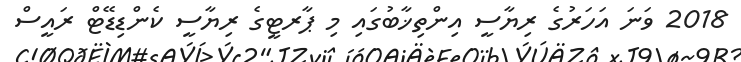
2018 ވަނަ އަހަރުގެ ރިޔާސީ އިންތިޚާބުގައި މި ޕާރޓީގެ ރިޔާސީ ކެންޑިޑޭޓް ރައީސް